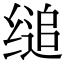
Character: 缒